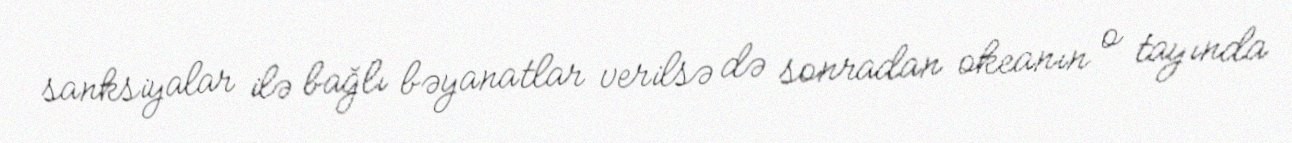
sanksiyalar ilə bağlı bəyanatlar verilsə də sonradan okeanın o tayında